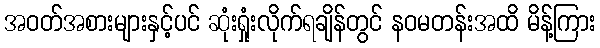
အဝတ်အစားများနှင့်ပင် ဆုံးရှုံးလိုက်ရချိန်တွင် နဝမတန်းအထိ မိန့်ကြား